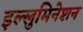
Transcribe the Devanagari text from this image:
इल्लुमिनेशन